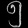
Digit: ၅